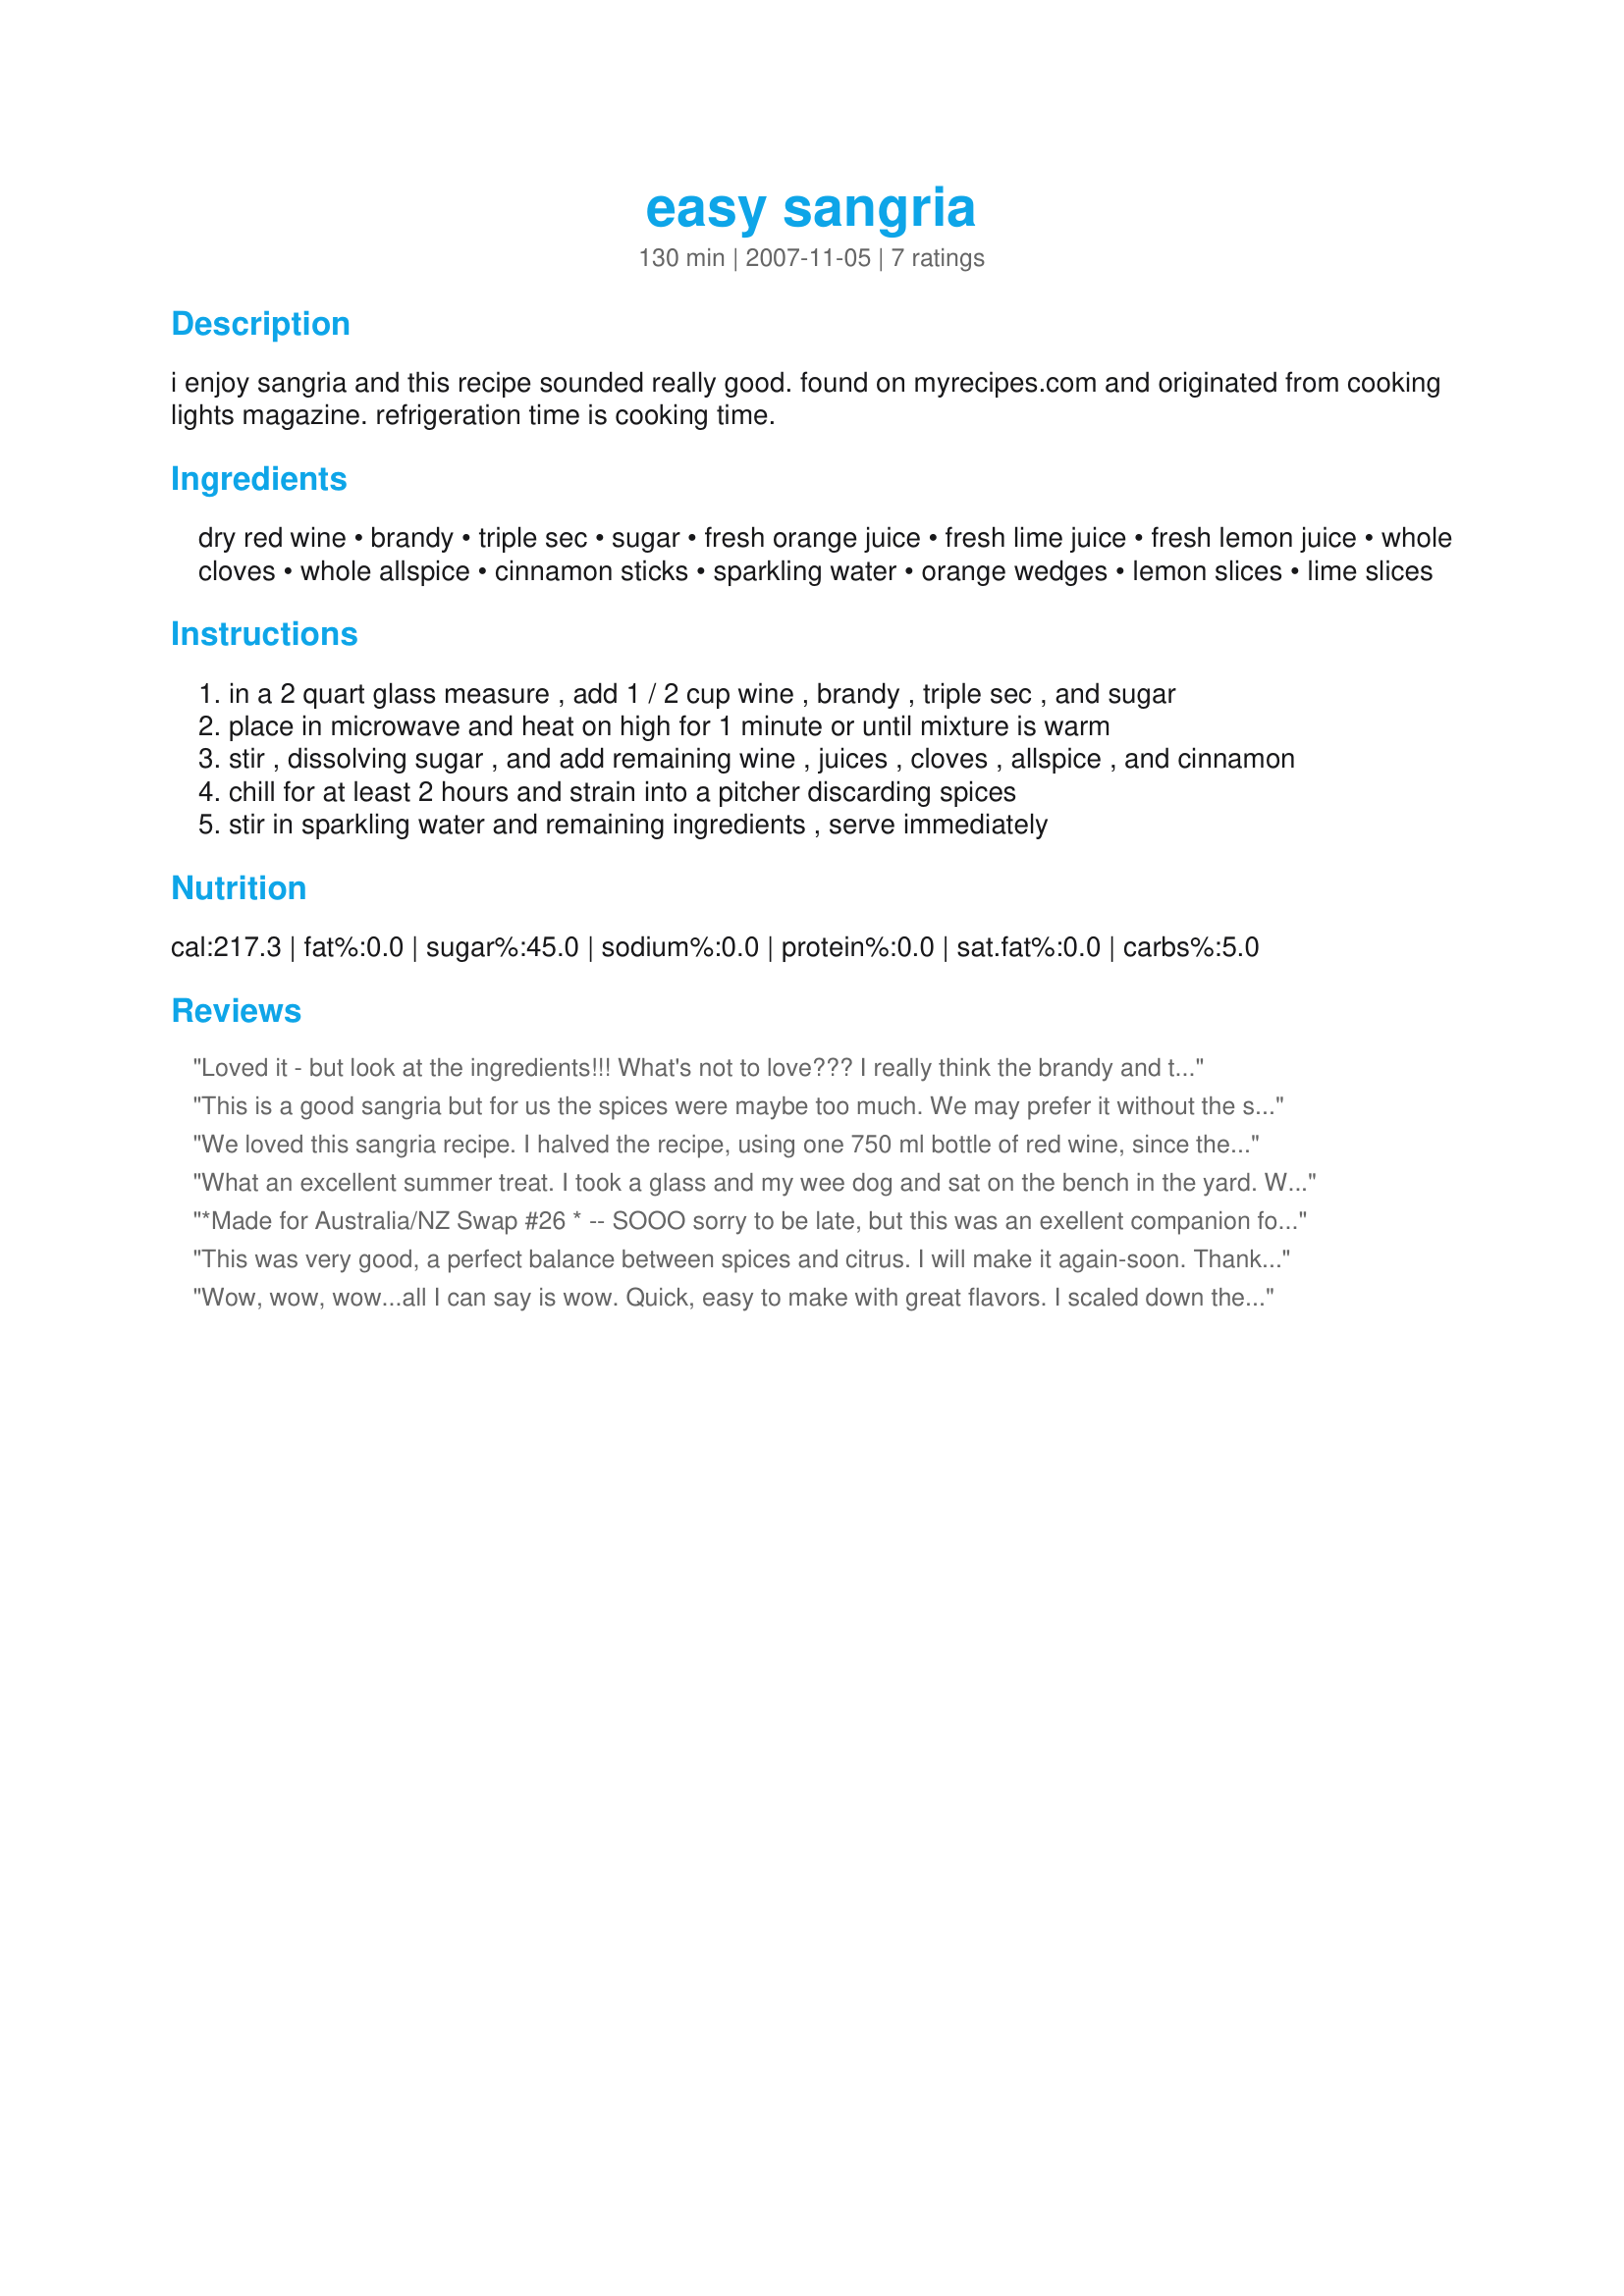
easy sangria
Preparation time: 130 minutes

i enjoy sangria and this recipe sounded really good. found on myrecipes.com and originated from cooking lights magazine. refrigeration time is cooking time.

Ingredients:
dry red wine, brandy, triple sec, sugar, fresh orange juice, fresh lime juice, fresh lemon juice, whole cloves, whole allspice, cinnamon sticks, sparkling water, orange wedges, lemon slices, lime slices

Steps:
in a 2 quart glass measure , add 1 / 2 cup wine , brandy , triple sec , and sugar
place in microwave and heat on high for 1 minute or until mixture is warm
stir , dissolving sugar , and add remaining wine , juices , cloves , allspice , and cinnamon
chill for at least 2 hours and strain into a pitcher discarding spices
stir in sparkling water and remaining ingredients , serve immediately

Reviews:
Loved it - but look at the ingredients!!! What's not to love??? I really think the brandy and the triple sec (actually, I used Cointreau) made this rendition special and potent. The spice mix was perfect.
This is a good sangria but for us the spices were maybe too much. We may prefer it without the spices. Thanks Lauralie :) Made for I Recommend tag game
We loved this sangria recipe. I halved the recipe, using one 750 ml bottle of red wine, since there were only two of us. I used a pinch of ground allspice and a pinch of cinnamon because I didn't have the whole versions. We really enjoyed the flavors...the hint of cinnamon, triple sec, brandy....all perfect together. I will definitely make this sangria recipe again. Thank you!!
What an excellent summer treat. I took a glass and my wee dog and sat on the bench in the yard. We enjoyed the marigolds that are growing like crazy and a lovely bit of sun together. The sangria is excellent and the combination of fruit and spice really make it special. Made for Culinary Quest 2016 and pure pleasure.
*Made for Australia/NZ Swap #26 * -- SOOO sorry to be late, but this was an exellent companion for a lovely fillet mignon ! I prepare 1/2 recipe and used 1 Tbsp peach brandy instead of orange, (was what I had), and a tad less sugar. DH and i really enjoyed this, and will keep as our Go To sangria recipe for summer meals. Thanks, Lauralie41, for posting this most satisfying sangria !
This was very good, a perfect balance between spices and citrus. I will make it again-soon. Thank you! Made for CQ '16
Wow, wow, wow...all I can say is wow. Quick, easy to make with great flavors. I scaled down the recipe, as I was the only one enjoying this treat. Perfect for me, I got to drink it all, two beautiful glasses of heaven. I freshly ground the spices, used Triple Sec and the brandy and a really nice dark, dry zinfadel. Really enjoyed the flavor that warming the alcohol, sugar and spices brought out, so smooth. This was the perfect accompaniment for a Lauralie lunch, that i will remember for years to come. Served this with recipe #263392 and recipe #135339. All these recipes will be going into my Favorites Cookbook for 2012. Thank you so much Lori. Made for Fearless Red Dragons - ZWT8 - Spain.
